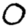
Digit: 0